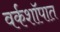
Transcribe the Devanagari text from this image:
वर्कशॉपात